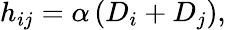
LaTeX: h_{ij}=\alpha\left(D_{i}+D_{j}\right),